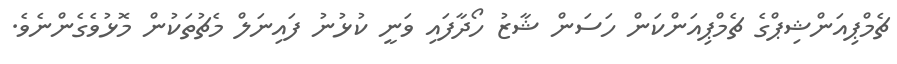
ޗެމްޕިއަންޝިޕްގެ ޗެމްޕިއަންކަން ހަސަން ޝާޒު ހޯދާފައި ވަނީ ކުޅުނު ފައިނަލް މެޗުތަކުން މޮޅުވެގެންނެވެ.